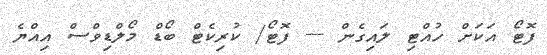
ފޮޓޯ އަކަށް ހުއްޓި ލައިގެން --- ފޮޓޯ/ ކުރިކެޓް ބޯޑް މޯލްޑިވްސް އިއްޔެ